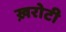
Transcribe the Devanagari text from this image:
ख़रोटी